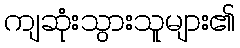
ကျဆုံးသွားသူများ၏